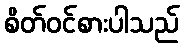
စိတ်ဝင်စားပါသည်